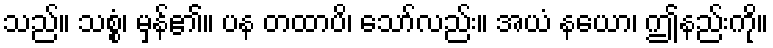
သည်။ သစ္စံ၊ မှန်၏။ ပန တထာပိ၊ သော်လည်း။ အယံ နယော၊ ဤနည်းကို။